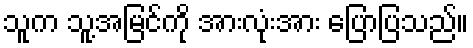
သူက သူ့အမြင်ကို အားလုံးအား ပြောပြသည်။